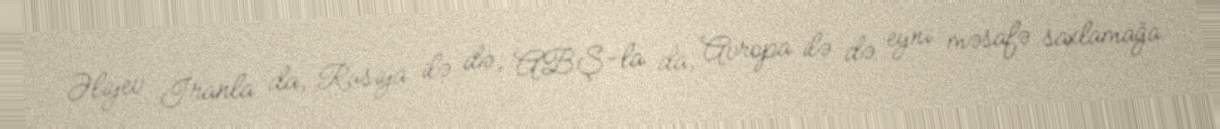
Əliyev İranla da, Rusiya ilə də, ABŞ-la da, Avropa ilə də eyni məsafə saxlamağa